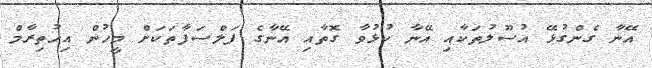
އޭނާ ގެންގުޅޭ އުސޫލުތަކާއި އޭނާ ކުޅުވާ ގޮތާއި އޭނާގެ ފަލްސަފާތަކަށް މީހުން އިހުތިރާމް